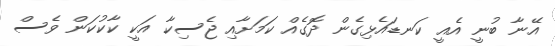
އޭނާ ބުނީ އެއީ ކަނޑައެޅިގެން ދޮގެއް ކަމަށާއި ޖެސިކާ އަކީ ކާކުކަން ވެސް